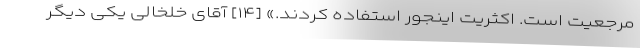
مرجعیت است. اکثریت اینجور استفاده کردند.» [۱۴] آقای خلخالی یکی دیگر